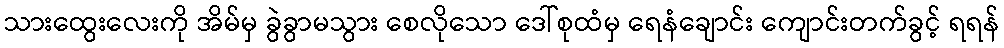
သားထွေးလေးကို အိမ်မှ ခွဲခွာမသွား စေလိုသော ဒေါ်စုထံမှ ရေနံချောင်း ကျောင်းတက်ခွင့် ရရန်